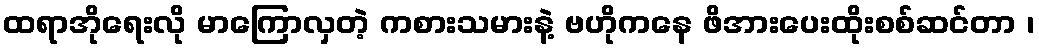
ထရာအိုရေးလို မာကြောလှတဲ့ ကစားသမားနဲ့ ဗဟိုကနေ ဖိအားပေးထိုးစစ်ဆင်တာ ၊